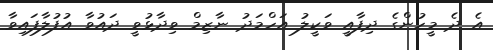
އެ ދެ މީހުންގެ ދިފާއީ ވަކީލު އަހްމަދު ނާޒިމް ވިދާޅުވީ ދައުވާ އުފުލާފައިވާ